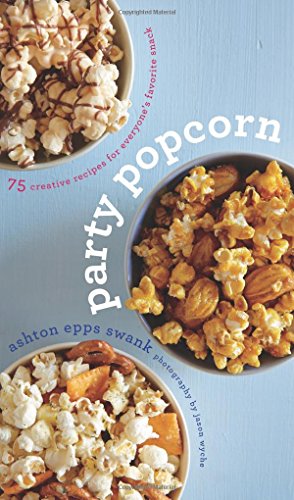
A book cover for Party Popcorn: 75 Creative Recipes for EveryoneEEs Favorite Snack; Ashton Epps Swank; Cookbooks, Food & Wine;